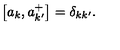
\left[ a _ { k } , a _ { k ^ { \prime } } ^ { + } \right] = \delta _ { k k ^ { \prime } } .